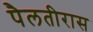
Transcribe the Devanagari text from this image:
पैलतीरास